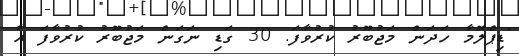
"ޑިޕްލޮމާ ހަދަން މަޖުބޫރު ކުރުވާފަ. 30 ގަޑި ނަގަން މަޖުބޫރު ކުރުވާފަ އާ